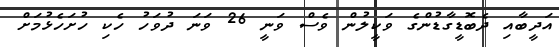
އަދީބާއި ދެބޮޑީގާޑުންގެ ވަކީލުން ވެސް ވަނީ 26 ވަނަ ދުވަހު ހެކި ހުށަހެޅުމަށް